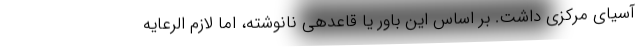
آسیای مرکزی داشت. بر اساس این باور یا قاعدهی نانوشته، اما لازم الرعایه